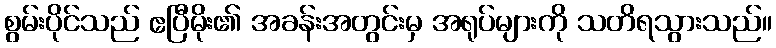
စွမ်းပိုင်သည် ဧပြီမိုး၏ အခန်းအတွင်းမှ အရုပ်များကို သတိရသွားသည်။